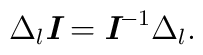
\Delta _l\textit{\textbf{I}} = \textit{\textbf{I}}^{-1}\Delta _l.